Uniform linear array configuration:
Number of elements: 8
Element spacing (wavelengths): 0.25
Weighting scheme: hann
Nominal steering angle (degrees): -60
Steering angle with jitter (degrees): -60.636
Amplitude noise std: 0.05
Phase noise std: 0.05

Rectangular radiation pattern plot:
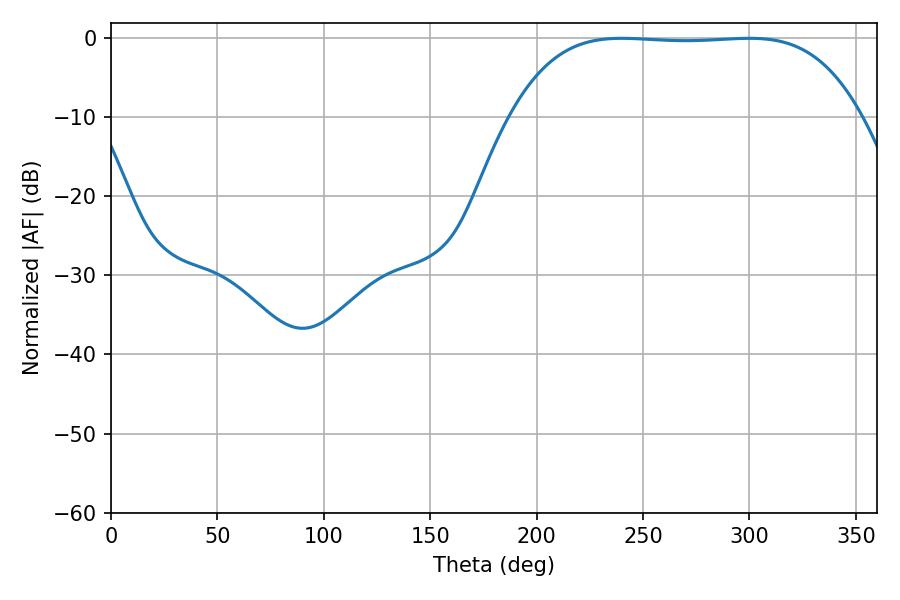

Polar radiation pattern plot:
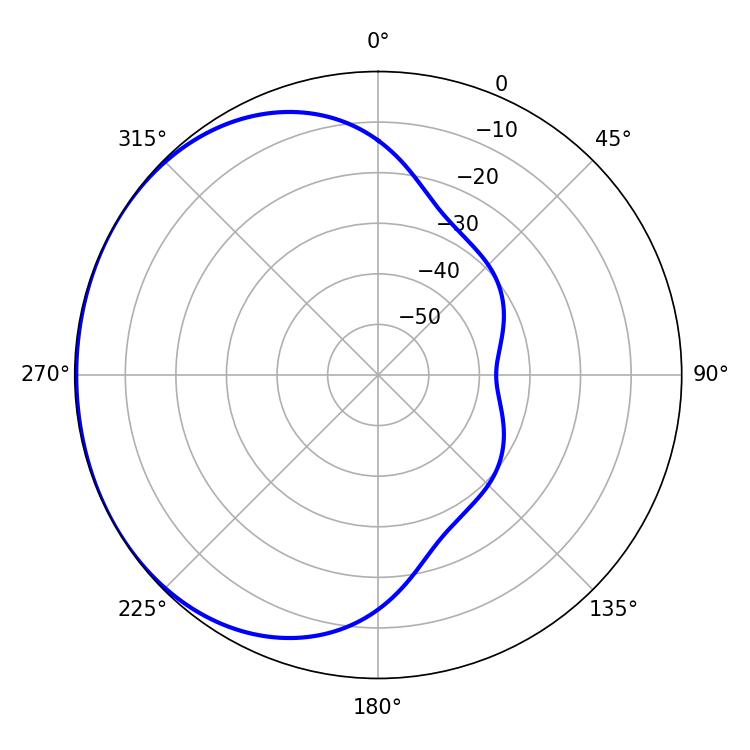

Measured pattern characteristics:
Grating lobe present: FALSE
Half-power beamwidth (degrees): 127.08
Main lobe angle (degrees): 239.94